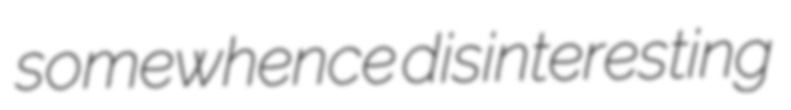
somewhence disinteresting